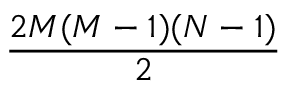
\frac { 2 M ( M - 1 ) ( N - 1 ) } { 2 }